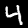
Label: 4